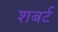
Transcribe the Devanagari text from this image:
शबर्ट